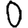
Digit: 0